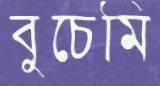
বুচেমি